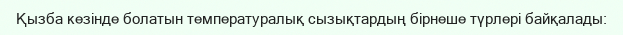
Қызба кезінде болатын температуралық сызықтардың бірнеше түрлері байқалады: